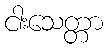
ငါးသေတ္တာ